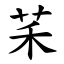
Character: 䒩